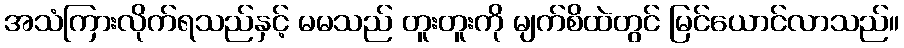
အသံကြားလိုက်ရသည်နှင့် မမသည် တူးတူးကို မျက်စိထဲတွင် မြင်ယောင်လာသည်။